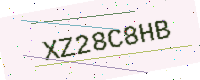
Text: XZ28C8HB